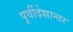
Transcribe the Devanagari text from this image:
पूर्वीदेशान्तर